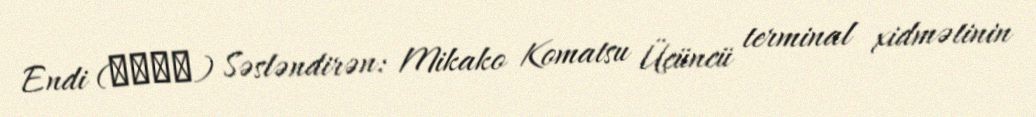
Endi (アンディ) Səsləndirən: Mikako Komatsu Üçüncü terminal xidmətinin